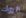
الروك